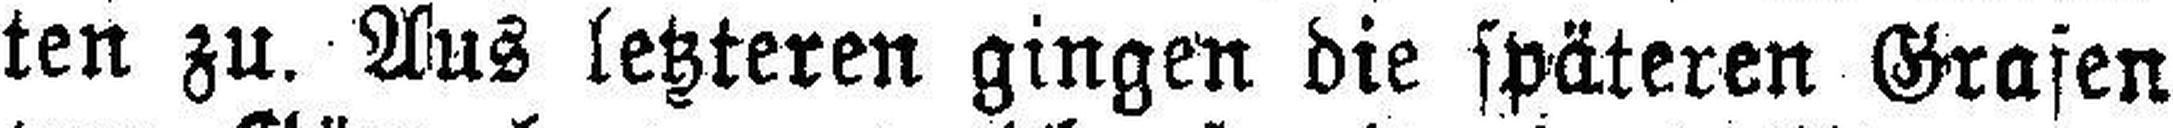
ten zu. Aus letzteren gingen die späteren Grafen